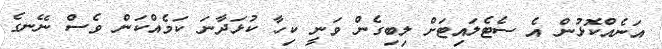
އަނެއްކޮޅުން އެ ސެޓެލައިޓަށް ލިބިގެން ވަނީ ކިހާ ކުޅަދާނަ ކަމެއްކަން ވެސް ނޭނގެ